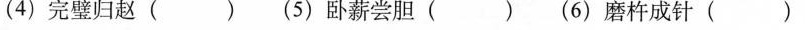
(4)完璧归赵( )(5)卧薪尝胆( )(6)磨杵成针( )